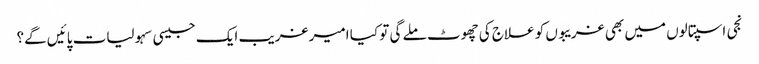
نجی اسپتالوں میں بھی غریبوں کو علاج کی چھوٹ ملے گی تو کیا امیر غریب ایک جیسی سہولیات پائیں گے؟